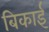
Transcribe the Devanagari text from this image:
बिकाई